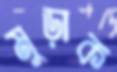
মুড়াক